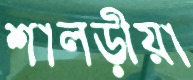
শালড়ীয়া